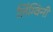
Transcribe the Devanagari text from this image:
लिंग्विनी